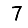
Digit: 7